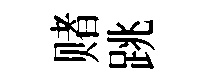
赌跳